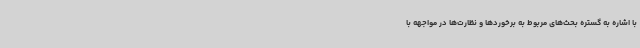
با اشاره به گستره بحث‌های مربوط به برخوردها و نظارت‌ها در مواجهه با